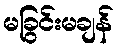
မခြွင်းမချန်